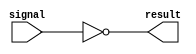
module logic_gate(
    input wire signal,
    output wire result
);

assign result = ~signal;

endmodule